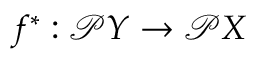
f ^ { * } : { \mathcal { P } } Y \to { \mathcal { P } } X